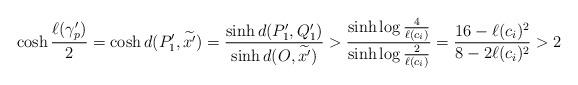
LaTeX: \begin{align*} \cosh{\frac{\ell(\gamma_p')}2}=\cosh{d(P_1',\widetilde{x'})}=\frac{\sinh{d(P_1',Q_1')}}{\sinh{d(O,\widetilde{x'})}}>\frac{\sinh{\log\frac4{\ell(c_i)}}}{\sinh{\log\frac2{\ell(c_i)}}}=\frac{16-\ell(c_i)^2}{8-2\ell(c_i)^2}>2\end{align*}